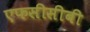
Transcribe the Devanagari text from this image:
एफसीसीबी